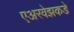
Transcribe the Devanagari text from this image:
एअरवेझकडे